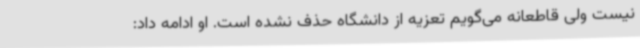
نیست ولی قاطعانه می‌گویم تعزیه از دانشگاه حذف نشده است. او ادامه داد: